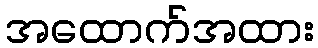
အထောက်အထား